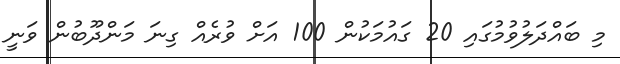
މި ބައްދަލުވުމުގައި 20 ގައުމަކުން 100 އަށް ވުރެއް ގިނަ މަންދޫބުން ވަނީ